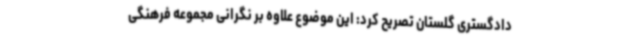
دادگستری گلستان تصریح کرد: این موضوع علاوه بر نگرانی مجموعه فرهنگی